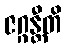
ဇဂ္ဂန္တီတိ